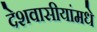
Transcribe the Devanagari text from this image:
देशवासीयांमधे